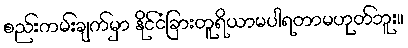
စည်းကမ်းချက်မှာ နိုင်ငံခြားတူရိယာမပါရတာမဟုတ်ဘူး။